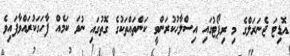
އޮޑިޓަ ޖެނަރަލްގެ މި ރިޕޯޓުގައި އިސްލާހުކުރަންވީ ކަންތައްތަކުގެ ގޮތުގައި ނުވަ ކަމެއް ފާހަގަކުރައްވާފައިވެ